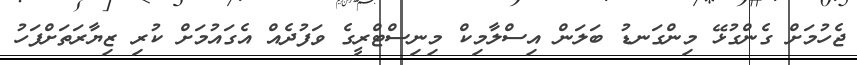
ޖެހުމަށް ގެންގުޅޭ މިންގަނޑު ބަލަން އިސްލާމިކް މިނިސްޓްރީގެ ވަފުދެއް އެގައުމަށް ކުރި ޒިޔާރަތަށްފަހު